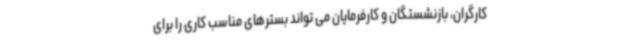
کارگران، بازنشستگان و کارفرمایان می تواند بسترهای مناسب کاری را برای